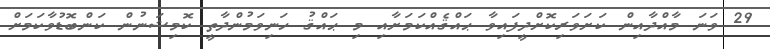
29 ވަނަ މާއްދާއިން ކަށަވަރިކޮށްދީފައިވާ ޙައްޤެއްކަމަށާއި މި ޙައްޤު ހަނިވަމުންދާތީ ކޮމިޝަނުން ކަންބޮޑުވާކަމަށް